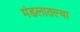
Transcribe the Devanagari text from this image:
मंडलातल्या